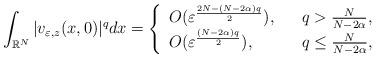
LaTeX: \begin{align*}\displaystyle\int_{\mathbb{R}^N}|v_{\varepsilon,z}(x,0)|^qdx=\left\{\begin{array}{ll}O(\varepsilon^\frac{2N-(N-2\alpha)q}{2}),~ &~q>\frac{N}{N-2\alpha},\\O(\varepsilon^\frac{(N-2\alpha)q}{2}),~~~~ &~q\leq\frac{N}{N-2\alpha},\end{array}\right.\end{align*}